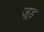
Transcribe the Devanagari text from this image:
जूड़